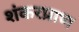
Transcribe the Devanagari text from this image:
शंकरप्राण